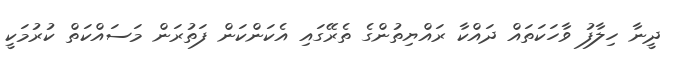
ދީނާ ހިލާފު ވާހަކަތައް ދައްކާ ރައްޔިތުންގެ ތެރޭގައި އެކަންކަން ފަތުރަން މަސައްކަތް ކުރުމަކީ